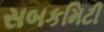
સબકમિટી